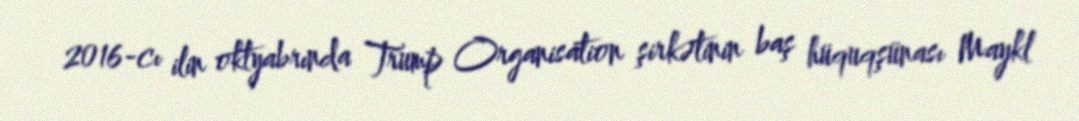
2016-cı ilin oktyabrında Trump Organisation şirkətinin baş hüquqşünası Maykl